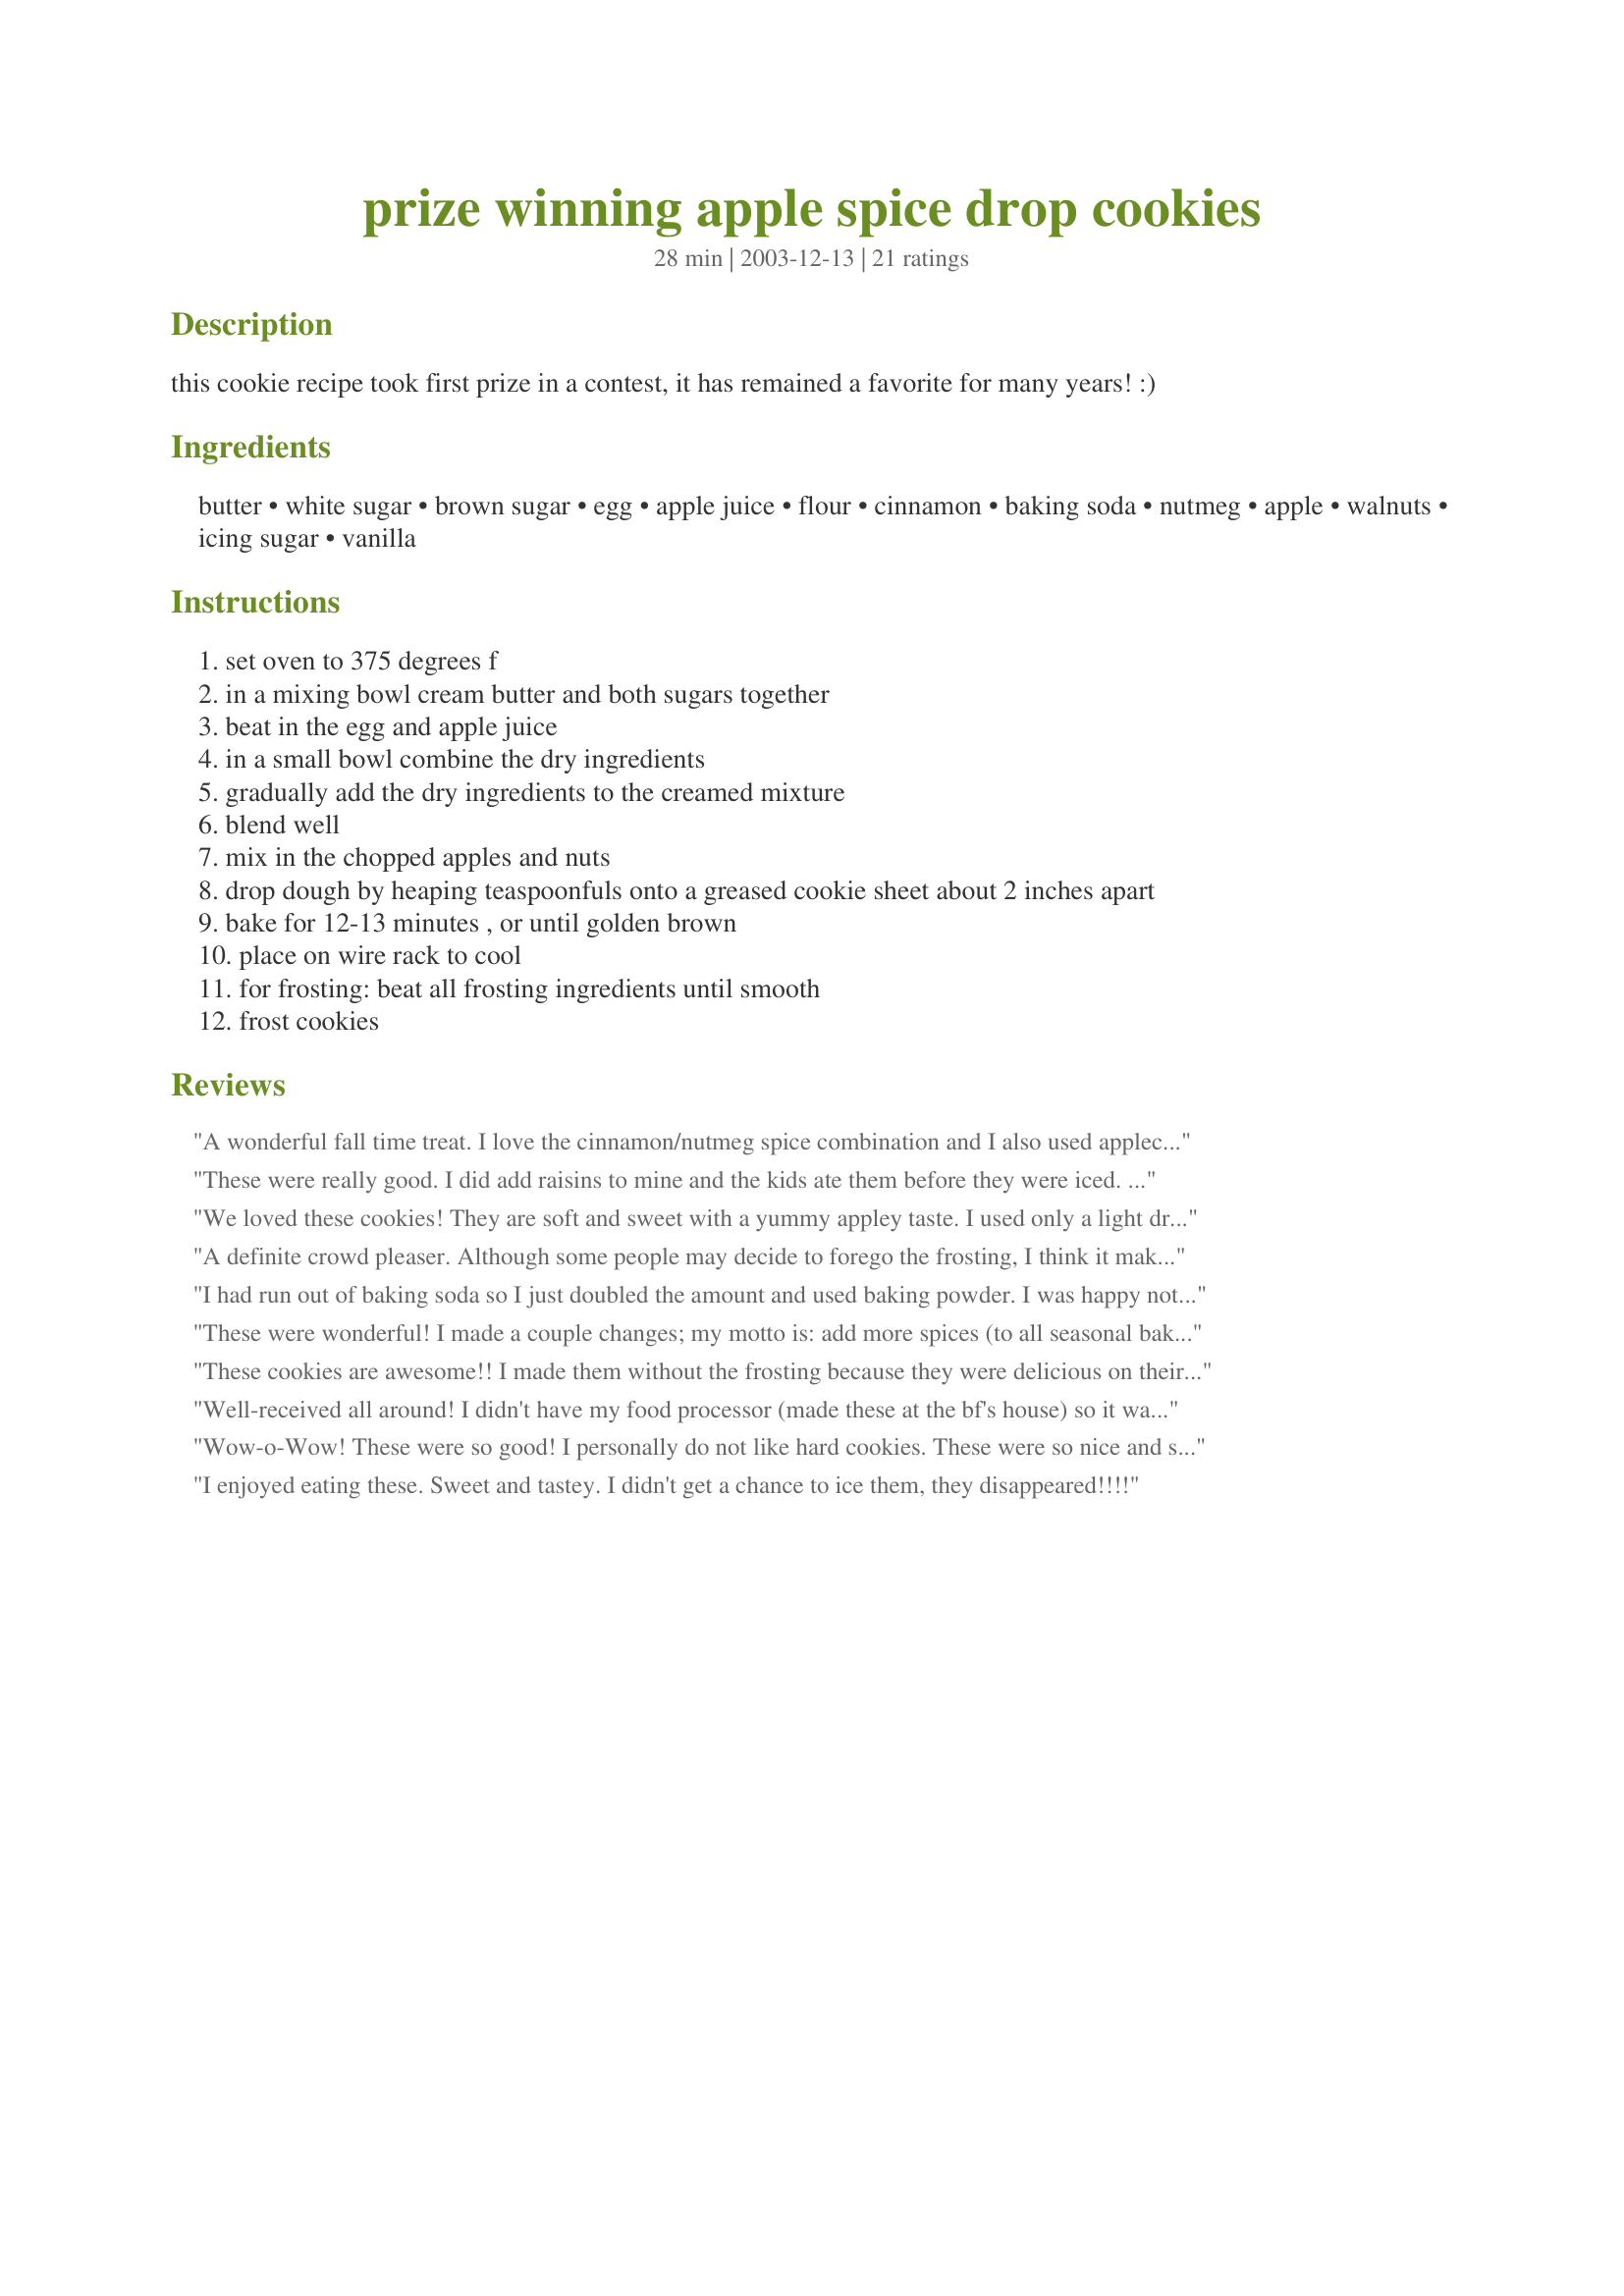
prize winning apple spice drop cookies
Preparation time: 28 minutes

this cookie recipe took first prize in a contest, it has remained a favorite for many years! :)

Ingredients:
butter, white sugar, brown sugar, egg, apple juice, flour, cinnamon, baking soda, nutmeg, apple, walnuts, icing sugar, vanilla

Steps:
set oven to 375 degrees f
in a mixing bowl cream butter and both sugars together
beat in the egg and apple juice
in a small bowl combine the dry ingredients
gradually add the dry ingredients to the creamed mixture
blend well
mix in the chopped apples and nuts
drop dough by heaping teaspoonfuls onto a greased cookie sheet about 2 inches apart
bake for 12-13 minutes , or until golden brown
place on wire rack to cool
for frosting: beat all frosting ingredients until smooth
frost cookies

Reviews:
A wonderful fall time treat. I love the cinnamon/nutmeg spice combination and I also used applecider in place of the juice. I can see raisins also being a welcome addition. 
A wonderful keeper recipe~
These were really good. I did add raisins to mine and the kids ate them before they were iced. Definate keeper. Thanks for sharing
We loved these cookies! They are soft and sweet with a yummy appley taste. I used only a light drizzling of frosting on them. Some additional flour was needed to give the cookies enough body to keep from spreading out during baking. Thanks Kitten ~ I'll be making these again soon!
A definite crowd pleaser. Although some people may decide to forego the frosting, I think it makes for a nicer presentation. Either way...moist and delicious! Thanks Kittencal :0)
I had run out of baking soda so I just doubled the amount and used baking powder. I was happy not to taste the baking powder. I used about 2 1/3 to2 1/2 c. flour and mine didn't spread. I wish they would have spread a little more than they did. They tasted perfect though. I didn't put any frosting on, and they were perfect little snack cookie to throw in my cookie jar. I added a half tsp of allspice also, I might add a little more next time. I like a spicy cookie. These are the perfect amount of sweet though for our family! Thanks for another great one, Kittencal!
These were wonderful! I made a couple changes; my motto is: add more spices (to all seasonal baked goods), so I added ginger, cloves, and extra cinnamon. I decided not to frost them, but did add some white chocolate chips to the last batch, and they were even yummier (though delectable without as well). Thanks for posting!!
These cookies are awesome!! I made them without the frosting because they were delicious on their own! Thanks Carol for such an awesome recipe!!
Well-received all around! I didn't have my food processor (made these at the bf's house) so it was a little time consuming chopping the apple. This recipe was well worth it! Most comments were, "Mmmffmhhfff these are good!" A light and easy cookie, this one could almost be breakfast! Thanks for a great recipe that I will use again :)
Wow-o-Wow! These were so good! I personally do not like hard cookies. These were so nice and soft. I do agree with the other poster that a bit more flour would have kept them from spreading. But, it really wasn't a big deal. I plan to use smaller dollops (about a few teaspoons) on my next batch to prevent them from running into each other. They were reminisant of a spicy apple muffin. The cookies are good enough to stand on their own. But, the icing was a great compliment. I could taste the apple juice in the icing. I did use 4 teaspoons of icing and spread it over the tops of the cookies sparingly while they were still warm to give them a nice melted glazed effect. They are super sweet with the frosting. I would reccommend omitting the frosting if you don't like your food too sweet. Yum Yum!
I enjoyed eating these. Sweet and tastey. I didn't get a chance to ice them, they disappeared!!!!

These cookes are worthy of more than 5 stars delicious cookies with great texture, I love these Kit, thank you for another Kittencal winning recipe
I've made these several times. I add 1/8 teaspoon of ground cloves and use apple cider rather than apple juice. It has become one of the most asked for cookies from my kitchen, even from those that typically do not like spiced cookies or baked apples.
This is a fabulous recipe. As mother of the bride recently, I offered to bake desserts for the groom's table. I used a mandolin to thinly slice the quartered apples and did not use the icing, just dusted with powdered sugar. I baked these apple cookies, apple muffins, apple bundt cake and two heart shaped pumpkin pies. Most of the recipes were from food.com. We had a marvelous wedding cake from a local bakery so I didn't expect many of my desserts would be eaten. I was so wrong. It was like locusts in a wheat field. Only crumbs were left. The compliments made me feel so glad I made the extra effort on that busy, busy day. Your cookies were wonderful and I made them exactly as you wrote. Thanks so much.
This turned out amazing. I baked the chopped apples in 1 cup brown sugar and 1 cup butter, with apple pie spice, roasted cinnamon, clove, and nutmeg to make the apples tender before adding them to the cookie mix. I also added roasted cinnamon and apple pie spice to the icing for extra flavor! Thank you Kittencal for an awesome recipe!!!!
Oh these are very good cookies! I made them for a birthday party this weekend and everyone loved them. I agree that they can stand alone quite well, but the icing is - well - icing on the cookie! Thanks so much for a wonderful addition to the party. Made and Reviewed in support of Kittencal. My thoughts and prayers are with you. :)
These were wonderful - but then they were posted by kittencal! Thanks for another delicious recipe! I think Betty Crocker had better step aside :)
I made this recipe but substituted with 2 cups whole wheat flr and 1/4 cup white flr when I read the reviews that stated their cookies ran a little. This also detracted from the apparent sweetness which for me is much nicer. I made a glaze with powdered sugar and apple juice and everyone loved them.
This recipe is fantastic! I didn&#039;t ice them or include the nuts and they were very tasty and moist. Didn&#039;t need either. But I&#039;m sure would still be very yummy with either or both. Thank you for this, have a ton of apples from apple picking and will be baking lots and lots of batches of these. Am actually thinking of making whoopie pies with them by sandwiching them w/ cream cheese frosting.
These were TERRIFIC and if I were a spider, I would write it in my web, lol....I didnt however use the frosting...I didnt really think they needed it and the frosting, I felt, was a bit sweet for my liking, so decided to omit it on the second batch and they were excellent.....Thanks for yet another great recipe
These are delicious. Perfect for fall. I made a mistake and used 2 1/3 cups flour. The cookies didn't spread at all. I baked half the recipe and put the rest of the dough in the freezer for another time. I'm looking forward to seeing how they come out. Thanks for posting this wonderful recipe.
Just finished making these now and pretty darn good. I didn't have any apple juice on hand so used the only thing I had "Red Orange, cranberry and pomegranate" Still really good. I also added ground clove as suggested. Will make again
